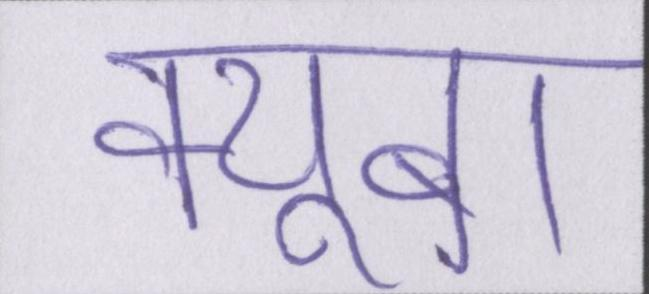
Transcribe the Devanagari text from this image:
क्यूबा